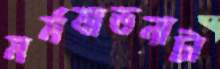
মর্মযাতনাটা